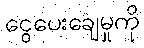
ငွေပေးချေမှုကို